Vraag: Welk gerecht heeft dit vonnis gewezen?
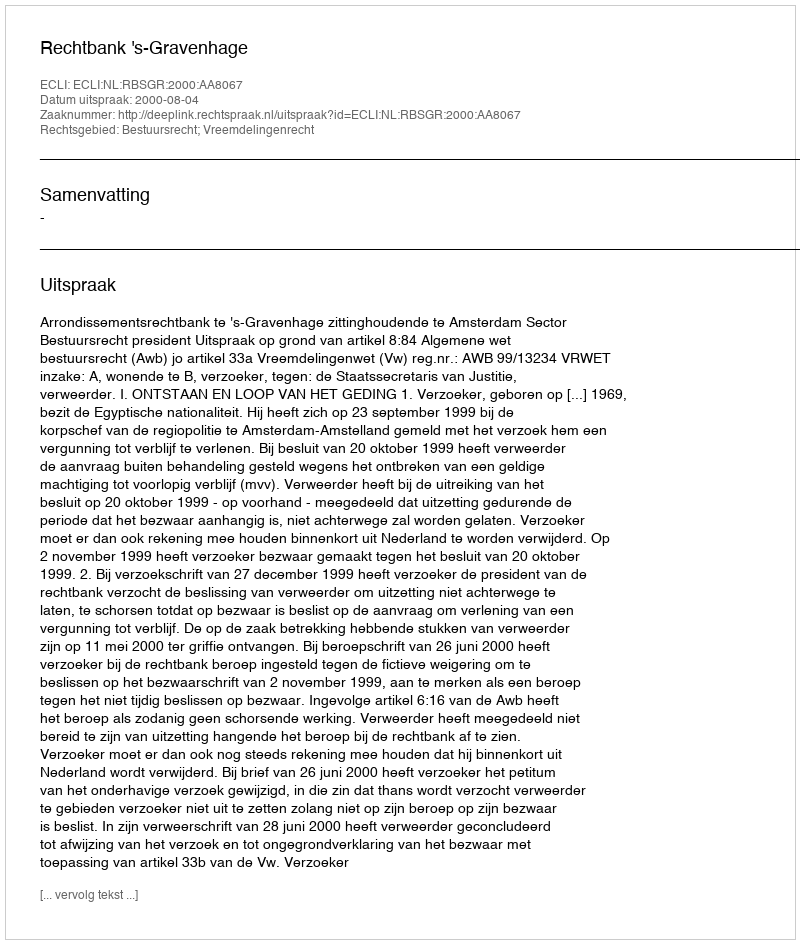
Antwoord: Rechtbank 's-Gravenhage